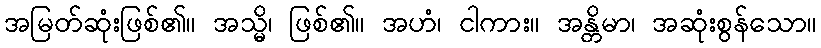
အမြတ်ဆုံးဖြစ်၏။ အသ္မိ၊ ဖြစ်၏။ အဟံ၊ ငါကား။ အန္တိမာ၊ အဆုံးစွန်သော။